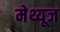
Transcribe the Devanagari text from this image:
मेथ्यूज